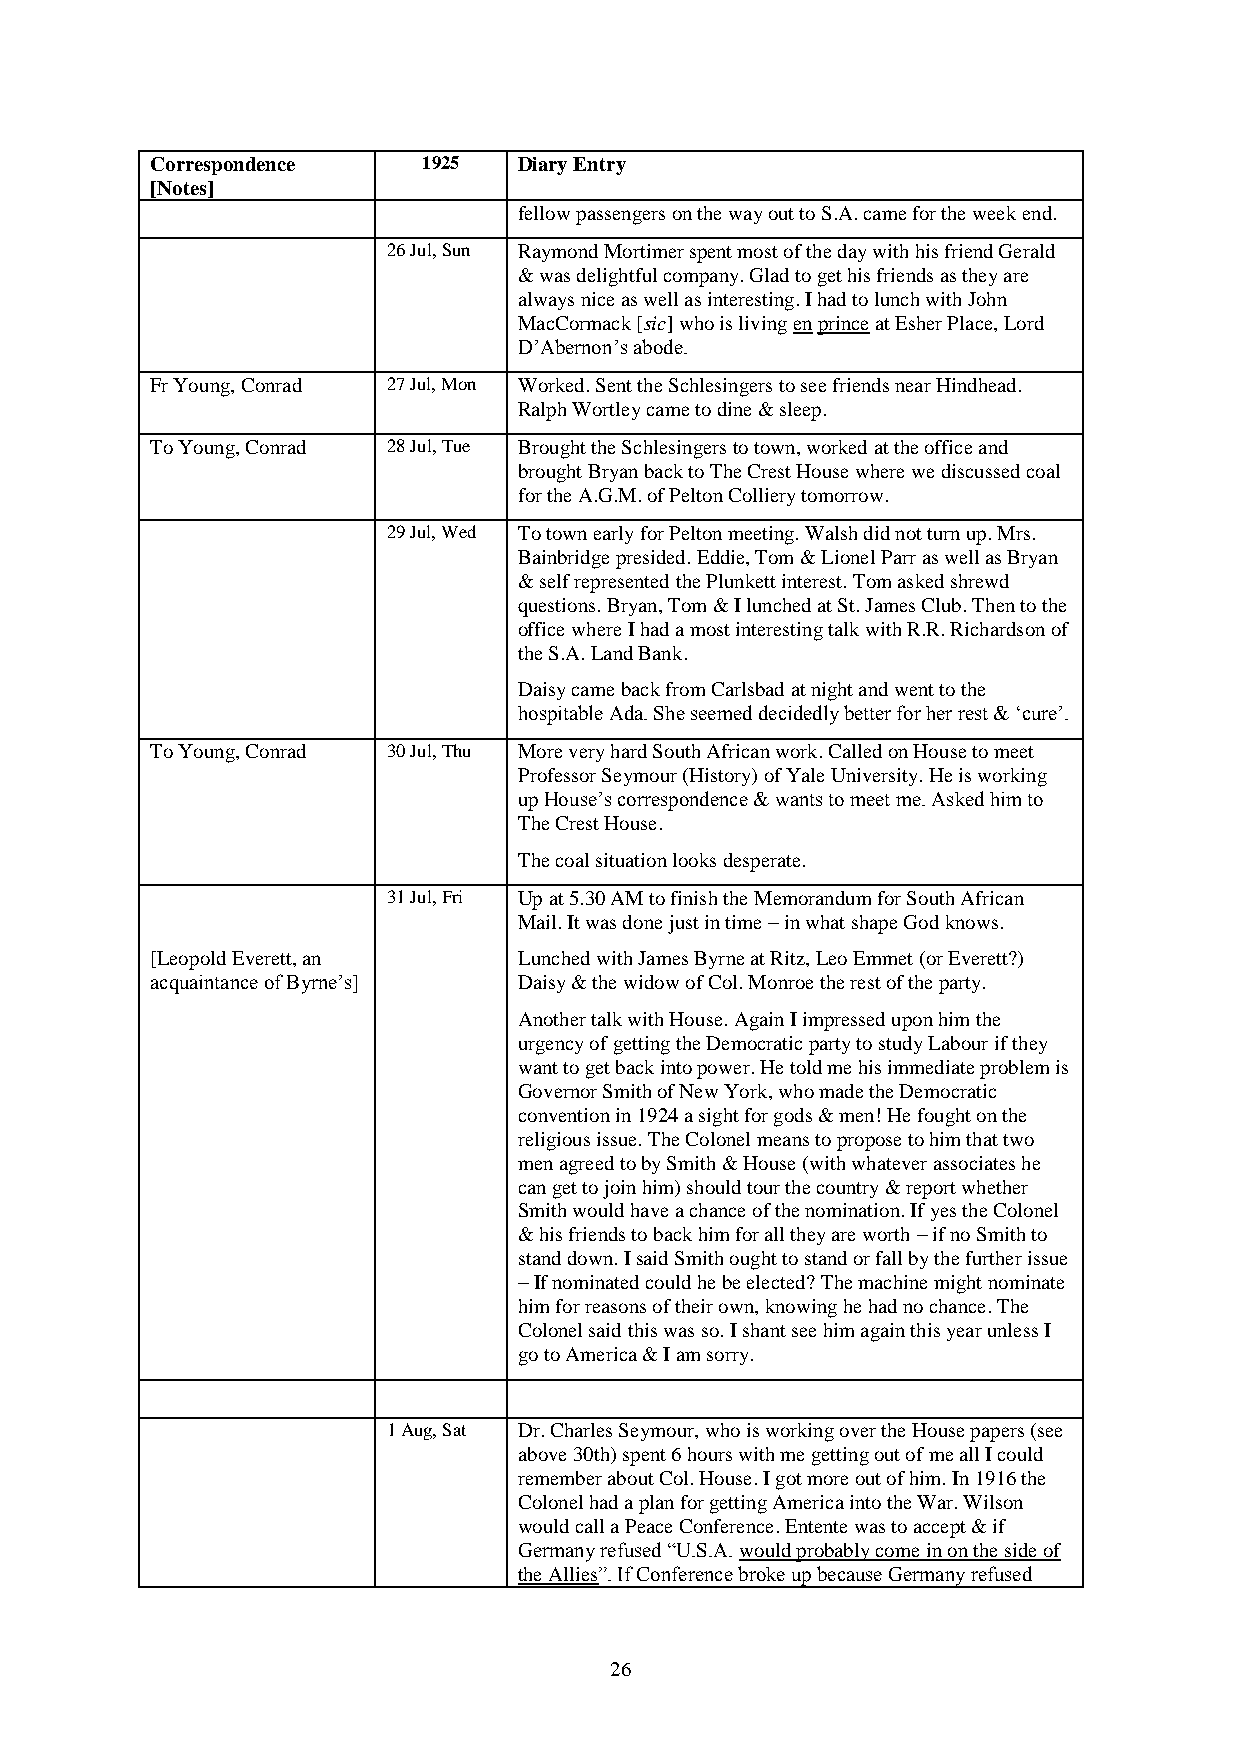
Correspondence    1925  Diary Entry
 [Notes]
 fellow passengers on the way out to S.A. came for the week end.
 26 Jul, Sun Raymond Mortimer spent most of the day with his friend Gerald
 & was delightful company. Glad to get his friends as they are
 always nice as well as interesting. I had to lunch with John
 MacCormack [sic] who is living en prince at Esher Place, Lord
 D’Abernon’s abode.
 Fr Young, Conrad 27 Jul, Mon Worked. Sent the Schlesingers to see friends near Hindhead.
 Ralph Wortley came to dine & sleep.
 To Young, Conrad 28 Jul, Tue Brought the Schlesingers to town, worked at the office and
 brought Bryan back to The Crest House where we discussed coal
 for the A.G.M. of Pelton Colliery tomorrow.
 29 Jul, Wed To town early for Pelton meeting. Walsh did not turn up. Mrs.
 Bainbridge presided. Eddie, Tom & Lionel Parr as well as Bryan
 & self represented the Plunkett interest. Tom asked shrewd
 questions. Bryan, Tom & I lunched at St. James Club. Then to the
 office where I had a most interesting talk with R.R. Richardson of
 the S.A. Land Bank.
 Daisy came back from Carlsbad at night and went to the
 hospitable Ada. She seemed decidedly better for her rest & ‘cure’.
 To Young, Conrad 30 Jul, Thu More very hard South African work. Called on House to meet
 Professor Seymour (History) of Yale University. He is working
 up House’s correspondence & wants to meet me. Asked him to
 The Crest House.
 The coal situation looks desperate.
 31 Jul, Fri Up at 5.30 AM to finish the Memorandum for South African
 Mail. It was done just in time – in what shape God knows.
 [Leopold Everett, an    Lunched with James Byrne at Ritz, Leo Emmet (or Everett?)
 acquaintance of Byrne’s] Daisy & the widow of Col. Monroe the rest of the party.
 Another talk with House. Again I impressed upon him the
 urgency of getting the Democratic party to study Labour if they
 want to get back into power. He told me his immediate problem is
 Governor Smith of New York, who made the Democratic
 convention in 1924 a sight for gods & men! He fought on the
 religious issue. The Colonel means to propose to him that two
 men agreed to by Smith & House (with whatever associates he
 can get to join him) should tour the country & report whether
 Smith would have a chance of the nomination. If yes the Colonel
 & his friends to back him for all they are worth – if no Smith to
 stand down. I said Smith ought to stand or fall by the further issue
 – If nominated could he be elected? The machine might nominate
 him for reasons of their own, knowing he had no chance. The
 Colonel said this was so. I shant see him again this year unless I
 go to America & I am sorry.
 1 Aug, Sat Dr. Charles Seymour, who is working over the House papers (see
 above 30th) spent 6 hours with me getting out of me all I could
 remember about Col. House. I got more out of him. In 1916 the
 Colonel had a plan for getting America into the War. Wilson
 would call a Peace Conference. Entente was to accept & if
 Germany refused “U.S.A. would probably come in on the side of
 the Allies”. If Conference broke up because Germany refused
 26